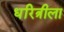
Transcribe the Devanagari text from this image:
धरित्रीला